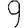
Digit: 9